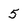
Character: 5